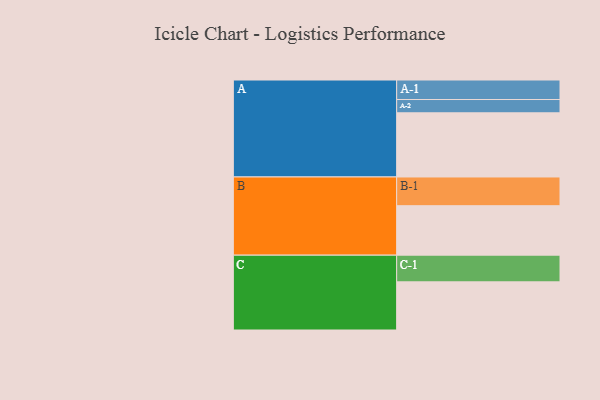
{"axis": {"x": "Segment", "y": "Value"}, "legend": ["", "A", "B", "C"], "data": [{"x": "A", "y": 585, "type": ""}, {"x": "B", "y": 451, "type": ""}, {"x": "C", "y": 439, "type": ""}, {"x": "A-1", "y": 178, "type": "A"}, {"x": "A-2", "y": 121, "type": "A"}, {"x": "B-1", "y": 262, "type": "B"}, {"x": "C-1", "y": 243, "type": "C"}]}